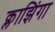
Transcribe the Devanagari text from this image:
क्लाझिंगा